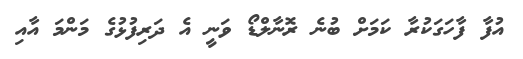
އުފާ ފާހަގަކުރާ ކަމަށް ބުނެ ރޮނާލްޑޯ ވަނީ އެ ދަރިފުޅުގެ މަންމަ އާއި